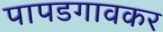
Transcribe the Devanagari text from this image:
पापडगावकर